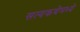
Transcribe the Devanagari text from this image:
सत्यकथेमध्ये